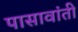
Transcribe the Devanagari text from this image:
पासावांती